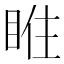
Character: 𥇁